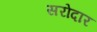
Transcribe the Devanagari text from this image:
सरोदार